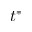
t ^ { * }